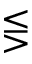
\lesseqgtr